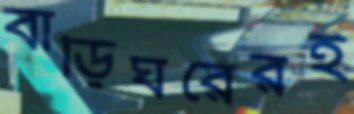
বাড়িঘরেরই